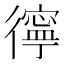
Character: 㣷